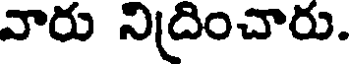
వారు నిద్రించారు.